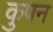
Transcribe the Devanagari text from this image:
कुपन